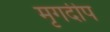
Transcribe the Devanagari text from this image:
मृगदीप